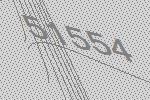
51554